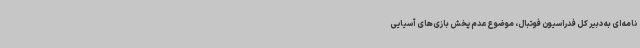
نامه ای به دبیر کل فدراسیون فوتبال، موضوع عدم پخش بازی‌های آسیایی